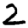
Digit: 2